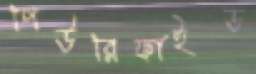
পিউরিফাইড